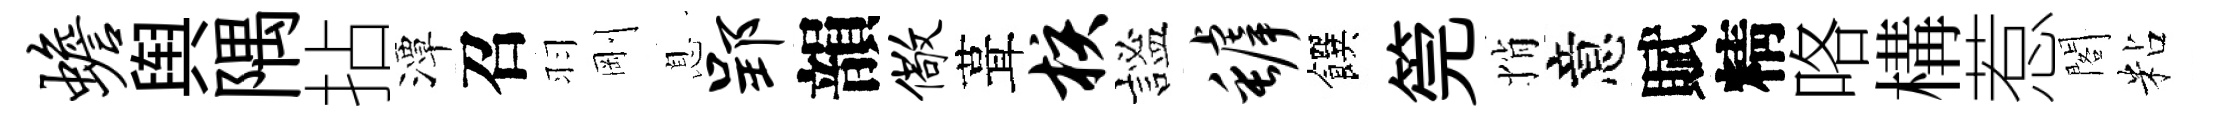
蟾舆隅拈潭召羽剛息郢韻儆葺核謐罅饌筦悄意賦精咯構惹閣粘